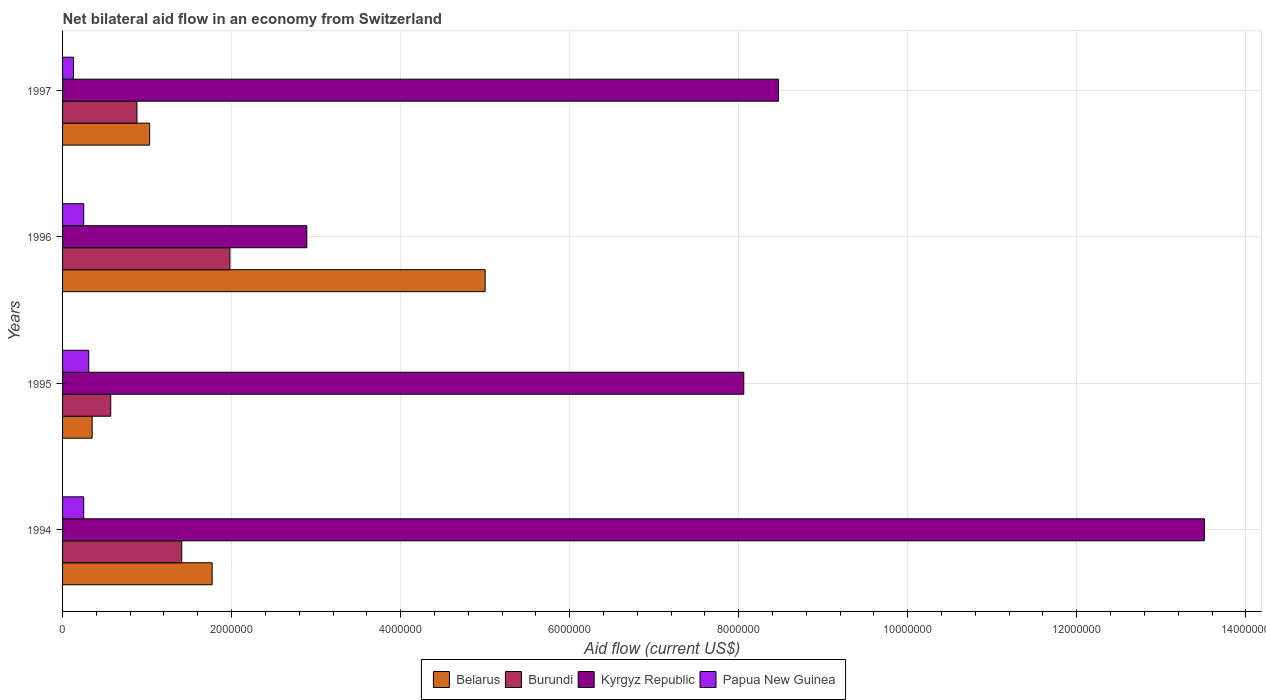
| Years | Belarus | Burundi | Kyrgyz Republic | Papua New Guinea |
 | --- | --- | --- | --- | --- |
 | 1994 | 1.77e+06 | 1.41e+06 | 1.35e+07 | 2.5e+05 |
 | 1995 | 3.5e+05 | 5.7e+05 | 8.06e+06 | 3.1e+05 |
 | 1996 | 5e+06 | 1.98e+06 | 2.89e+06 | 2.5e+05 |
 | 1997 | 1.03e+06 | 8.8e+05 | 8.47e+06 | 1.3e+05 |